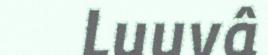
Luuvâ